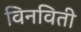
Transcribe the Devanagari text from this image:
विनविती